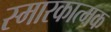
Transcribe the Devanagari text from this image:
स्मारकात्मक